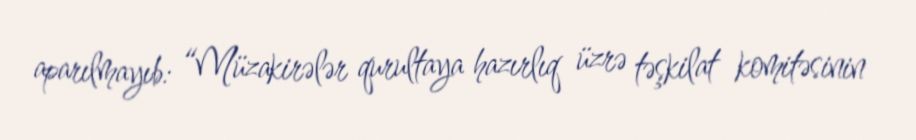
aparılmayıb: “Müzakirələr qurultaya hazırlıq üzrə təşkilat komitəsinin